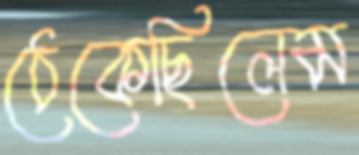
ঠেকেছিলেম